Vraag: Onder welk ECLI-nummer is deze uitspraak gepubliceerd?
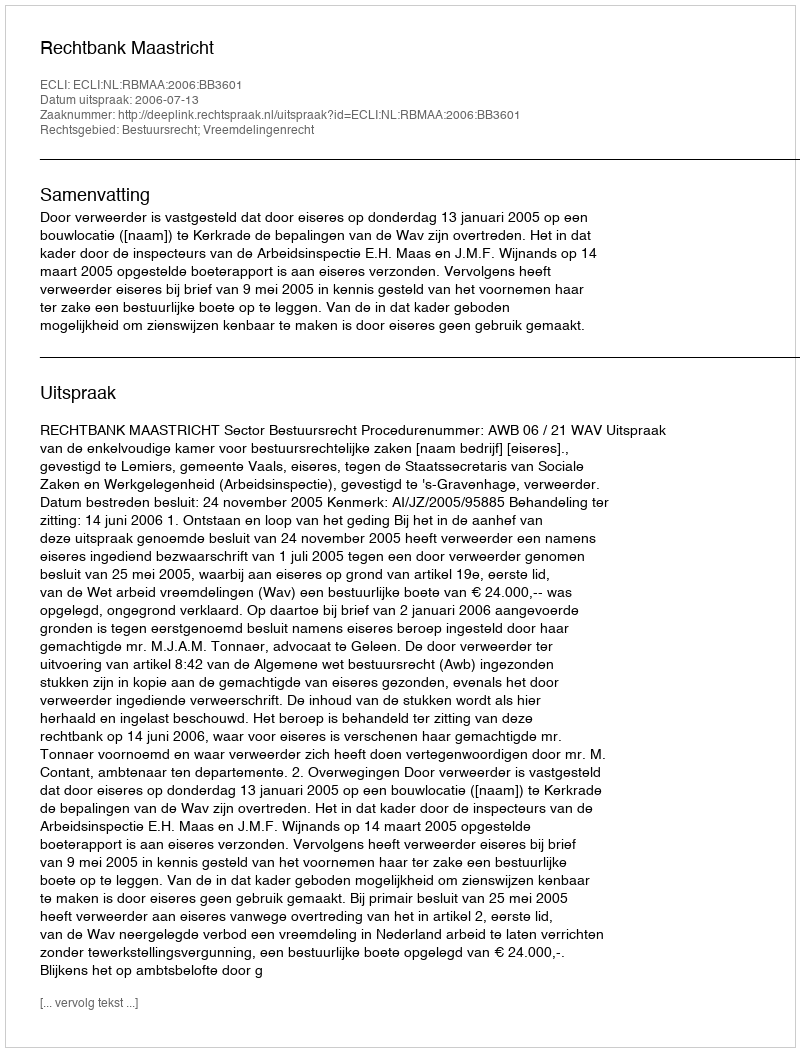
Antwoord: ECLI:NL:RBMAA:2006:BB3601